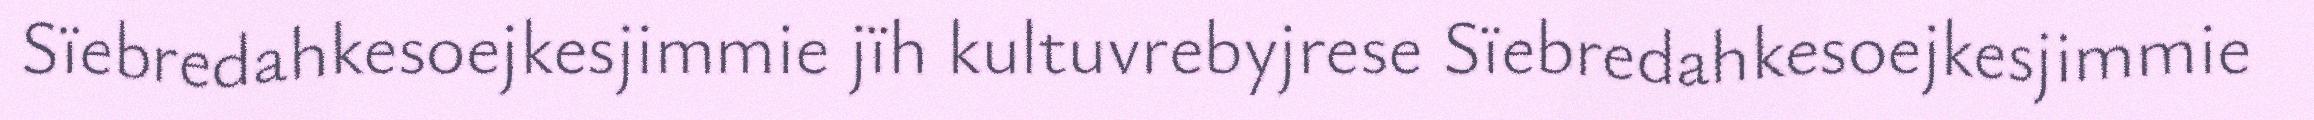
Sïebredahkesoejkesjimmie jïh kultuvrebyjrese Sïebredahkesoejkesjimmie